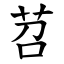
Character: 苕